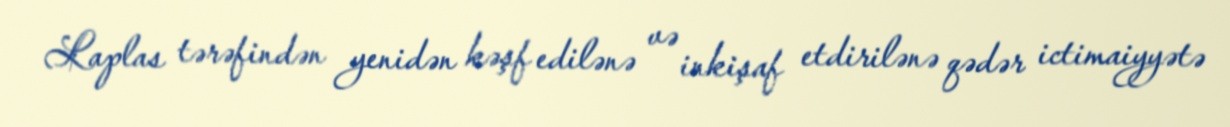
Laplas tərəfindən yenidən kəşf edilənə və inkişaf etdirilənə qədər ictimaiyyətə